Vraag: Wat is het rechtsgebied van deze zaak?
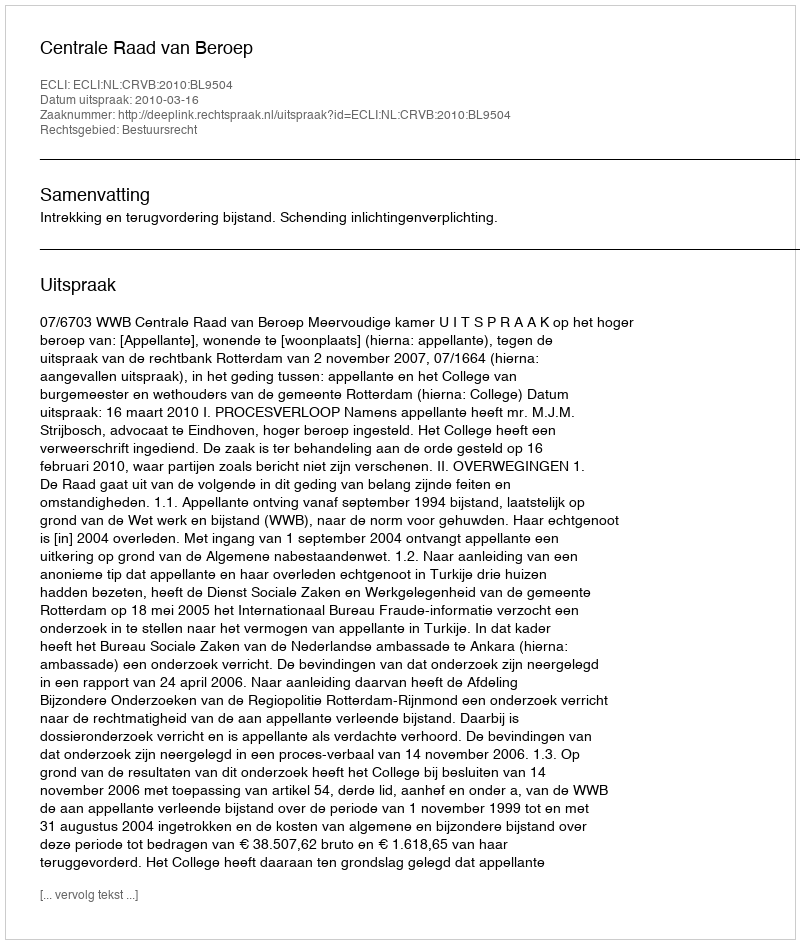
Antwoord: Bestuursrecht